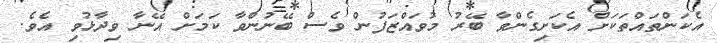
އެކަންތައްތަކަށް އެކަށިގެންވާ ބޭރު މުވައްޒަފުން ވެސް ބޭނުންވާ ކަމަށް އޭނާ ވިދާޅުވި އެވެ.